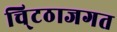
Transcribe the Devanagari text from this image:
चि्टठाजगत